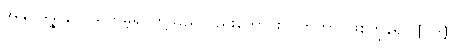
အနုပါဒိန္နာနိပိ၊ သက်မဲ့ရုပ်တို့သည်လည်းကောင်း။ (ဟုတွာ၊ ဖြစ်ကုန်၍) [၀၆]